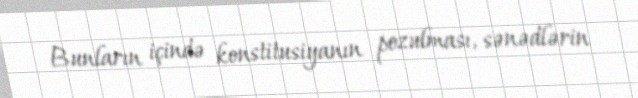
Bunların içində konstitusiyanın pozulması, sənədlərin